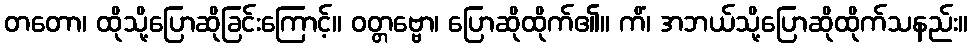
တတော၊ ထိုသို့ပြောဆိုခြင်းကြောင့်။ ဝတ္တဗ္ဗော၊ ပြောဆိုထိုက်၏။ ကိံ၊ အဘယ်သို့ပြောဆိုထိုက်သနည်း။